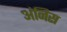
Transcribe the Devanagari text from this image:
अंनिस